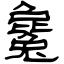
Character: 毚